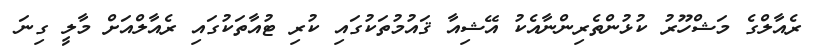
ރެއާލްގެ މަޝްހޫރު ކުޅުންތެރިންނާއެކު އޭޝިއާ ޤައުމުތަކުގައި ކުރި ޓުއާތަކުގައި ރެއާލްއަށް މާލީ ގިނަ